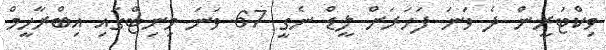
ވިކްޓަރީން ދެ ވަނަ ފަހަރަށް ލީޑް ނެގީ 67 ވަނަ މިނިޓްގައި އިބްރާހީމް